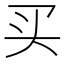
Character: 买